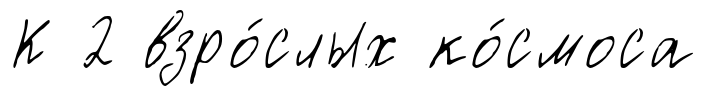
К 2 взро́слых ко́смоса